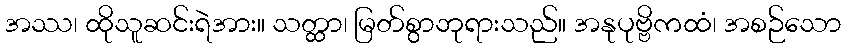
အဿ၊ ထိုသူဆင်းရဲအား။ သတ္ထာ၊ မြတ်စွာဘုရားသည်။ အနုပုဗ္ဗိကထံ၊ အစဉ်သော